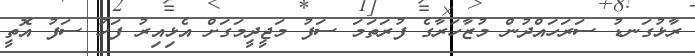
ރާޅުގަނޑު ސަރަހައްދުން މުޒާހަރާގެ ފުރަތަމަ ސަފު މަޖީދީމަގަށް އެޅިއިރު ފަހު ސަފު އޮތީ